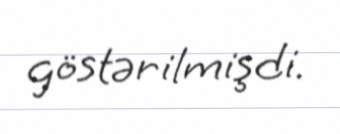
göstərilmişdi.